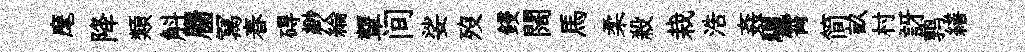
麾降類斛麕冩春碍緲綸顰间娑歿鋟闊馬柔殺栽浩姦驪霄简畝村訝鹑繕